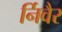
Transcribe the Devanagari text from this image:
र्निवैर